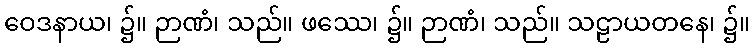
ဝေဒနာယ၊ ၌။ ဉာဏံ၊ သည်။ ဖဿေ၊ ၌။ ဉာဏံ၊ သည်။ သဠာယတနေ၊ ၌။